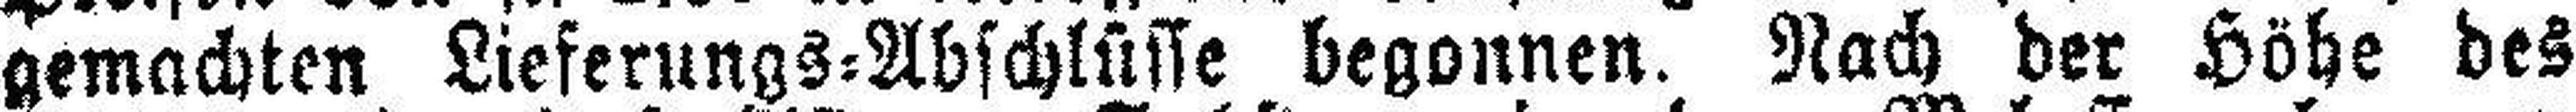
gemachten Lieferungs=Abschlüsse begonnen. Nach der Höhe des